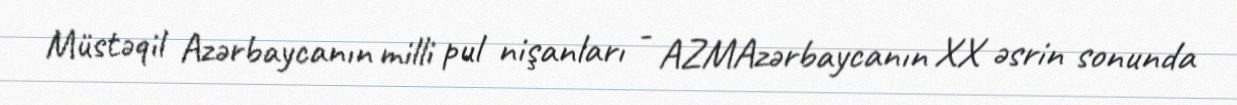
Müstəqil Azərbaycanın milli pul nişanları - AZMAzərbaycanın XX əsrin sonunda